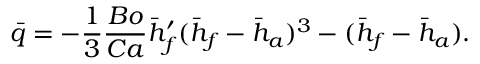
\bar { q } = - { \frac { 1 } { 3 } } { \frac { B o } { C a } } \bar { h } _ { f } ^ { \prime } ( \bar { h } _ { f } - \bar { h } _ { a } ) ^ { 3 } - ( \bar { h } _ { f } - \bar { h } _ { a } ) .